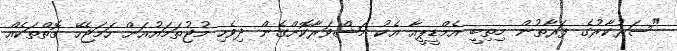
"ސަރުކާރުގެ ފަރާތުން މިތިބީ އެމްޑީޕީއާ އެކު މަޝްވަރާކޮށްގެން ދިވެހި މުޖުތަމައުއަށް ހަމަޖެހޭ ގޮތްތަކެއް